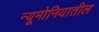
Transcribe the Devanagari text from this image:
न्यूमोनियातील